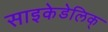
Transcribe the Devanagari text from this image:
साइकेडेलिक्